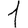
Digit: 1